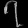
Digit: ၇